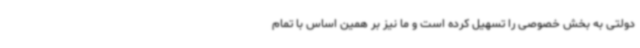
دولتی به بخش خصوصی را تسهیل کرده است و ما نیز بر همین اساس با تمام